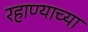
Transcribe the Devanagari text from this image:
रहाण्याच्या